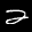
Label: 2